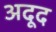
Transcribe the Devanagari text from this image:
अदूद